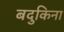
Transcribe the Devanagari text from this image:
बदुकिना